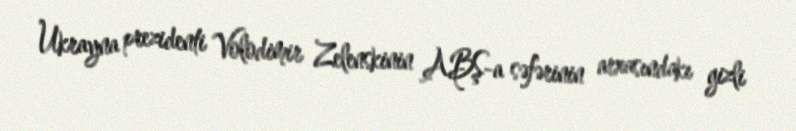
Ukrayna prezidenti Volodimir Zelenskinin ABŞ-a səfərinin arxasındakı gizli